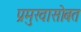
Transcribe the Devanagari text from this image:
प्रमुखासोबत